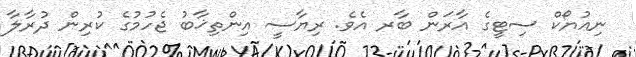
ނިއުޔޯކް ސިޓީގެ އާރަން ބާރ އެވެ. ރިޔާސީ އިންތިޚާބު ޖެހުމުގެ ކުރިން ދުރާލާ